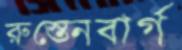
রুস্তেনবার্গ